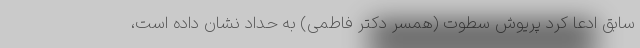
سابق ادعا کرد پریوش سطوت (همسر دکتر فاطمی) به حداد نشان داده است،